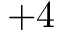
+ 4